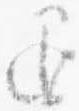
退